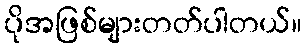
ပိုအဖြစ်များတတ်ပါတယ်။